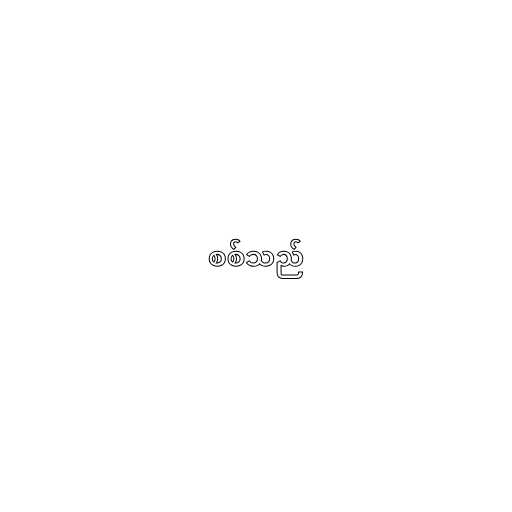
စစ်သည်